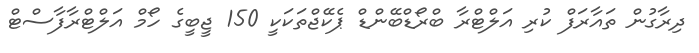
ދިރާގުން ތައާރަފް ކުރި އަލްޓްރާ ބްރޯޑްބޭންޑް ޕެކޭޖްތަކަކީ 150 ޖީބީގެ ހޯމް އަލްޓްރާފާސްޓް